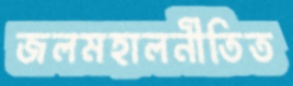
জলমহালনীতিত